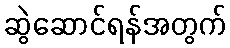
ဆွဲဆောင်ရန်အတွက်